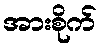
အားစိုက်